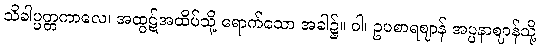
သိခါပ္ပတ္တကာလေ၊ အထွဋ်အထိပ်သို့ ရောက်သော အခါ၌။ ဝါ၊ ဥပစာရဈာန် အပ္ပနာဈာန်သို့